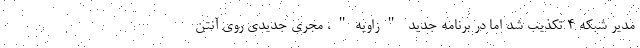
مدیر شبکه 4 تکذیب شد اما در برنامه جدید "زاویه"، مجری جدیدی روی آنتن